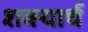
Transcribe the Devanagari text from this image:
शक्यार्थ